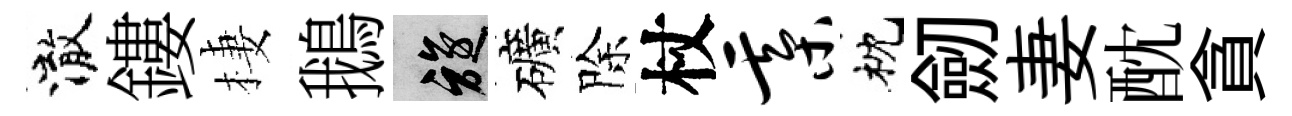
澈鏤棲鵝旋礦除杖綦枕劒妻酖貪